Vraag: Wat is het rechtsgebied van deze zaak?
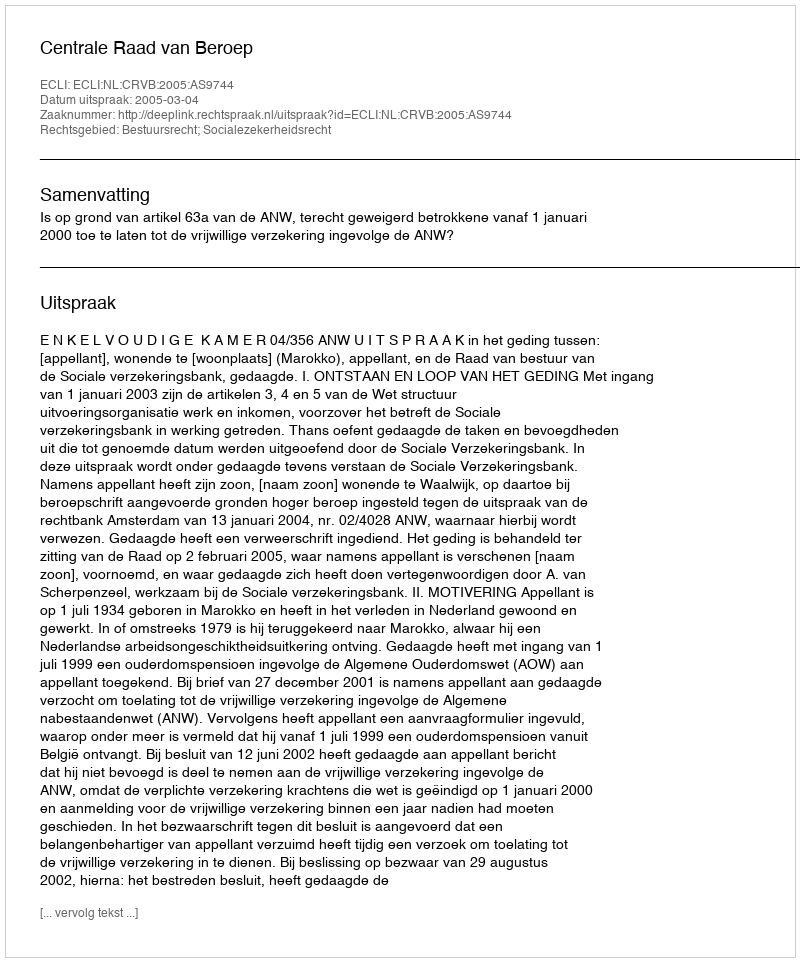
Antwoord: Bestuursrecht; Socialezekerheidsrecht